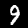
Digit: 9